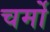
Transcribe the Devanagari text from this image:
चर्मो